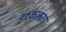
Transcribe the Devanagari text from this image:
इश्कलता